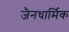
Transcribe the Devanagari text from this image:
जैनधार्मिक